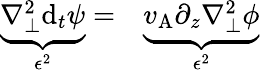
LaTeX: \begin{array}{rl}{\underbrace{\nabla_{\perp}^{2}\mathrm{d}_{t}\psi}_{\epsilon^{2}}=}&{{}\underbrace{v_{\mathrm{A}}\partial_{z}\nabla_{\perp}^{2}\phi}_{\epsilon^{2}}}\end{array}